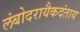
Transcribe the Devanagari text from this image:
लंबोदरायैकदंताय